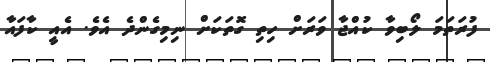
ފުރަތަމަ ލޯބިވާ ކުއްޖާ ވަރަށް ހިތި ގޮތަކަށް ނިމިގެންދެ އެވެ. އެއީ ކާފައާ